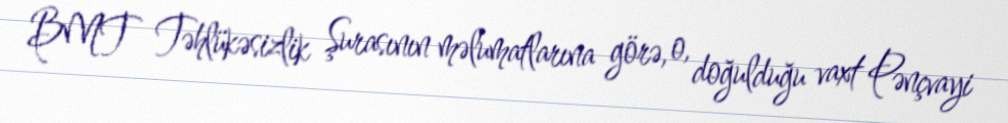
BMT Təhlükəsizlik Şurasının məlumatlarına görə, o, doğulduğu vaxt Pənçvayi